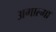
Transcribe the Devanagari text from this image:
अगाल्मा